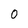
Character: 0